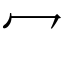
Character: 冖